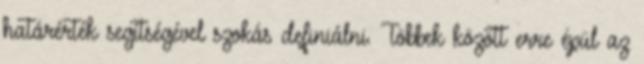
határérték segítségével szokás definiálni. Többek között erre épül az